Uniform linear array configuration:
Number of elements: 24
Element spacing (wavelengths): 1
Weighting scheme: uniform
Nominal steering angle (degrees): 15
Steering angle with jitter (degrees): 15.066
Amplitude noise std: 0.05
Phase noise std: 0.05

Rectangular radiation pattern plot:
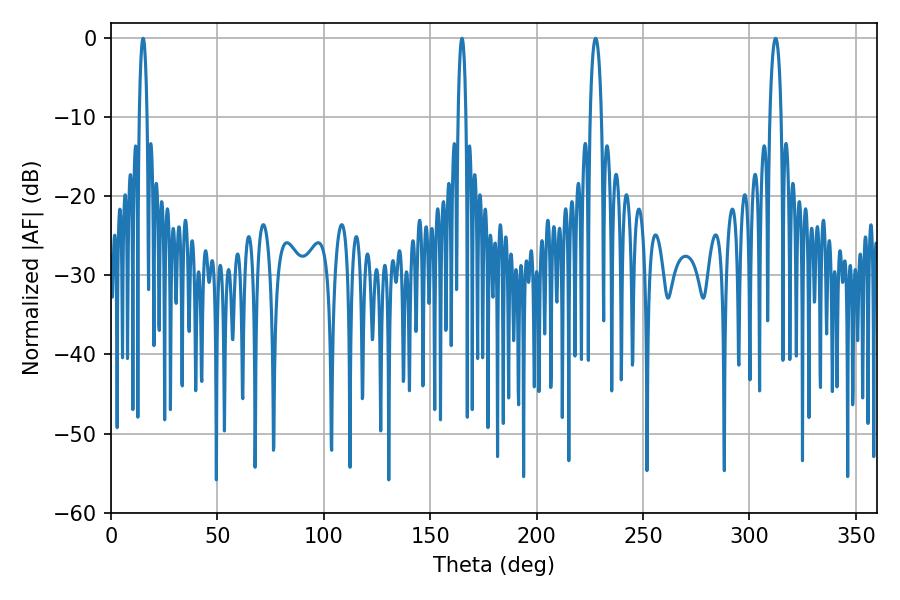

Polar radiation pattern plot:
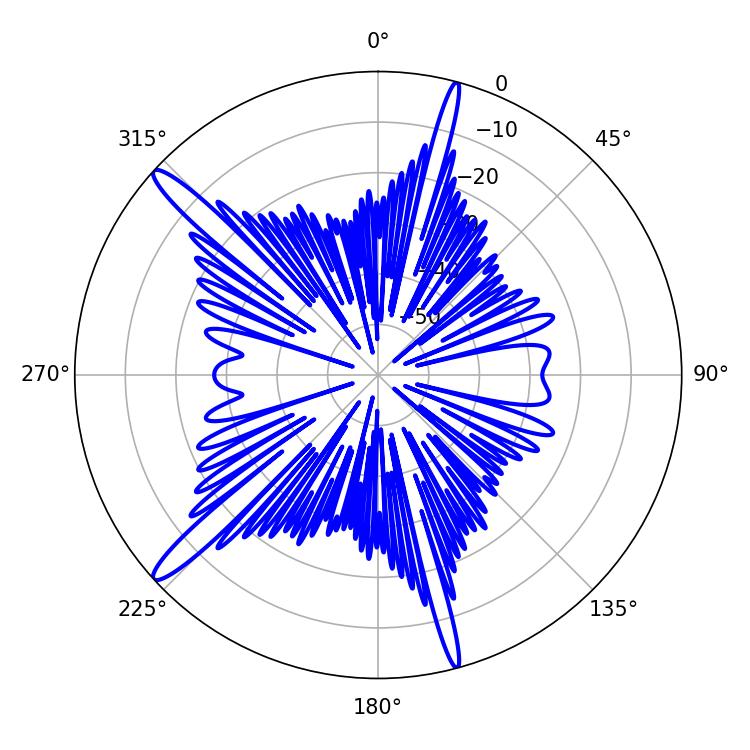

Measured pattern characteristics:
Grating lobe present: TRUE
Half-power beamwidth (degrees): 2.88
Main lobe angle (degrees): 227.7